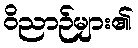
ဝိညာဉ်များ၏